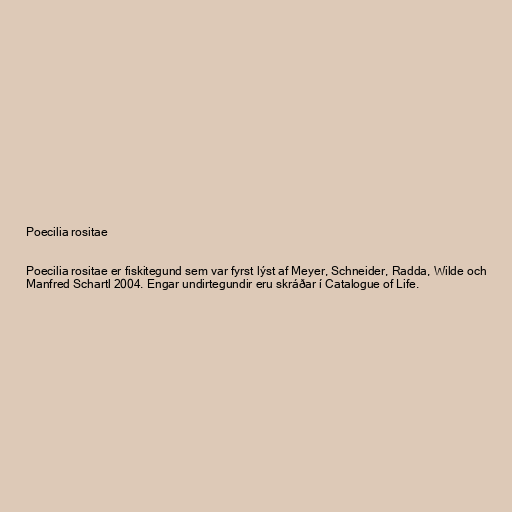
Poecilia rositae

Poecilia rositae er fiskitegund sem var fyrst lýst af Meyer, Schneider, Radda, Wilde och
Manfred Schartl 2004. Engar undirtegundir eru skráðar í Catalogue of Life.